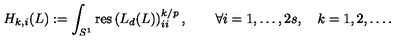
H _ { k , i } ( L ) : = \int _ { S ^ { 1 } } \mathrm { r e s } \left( L _ { d } ( L ) \right) _ { i i } ^ { k / { p } } , \qquad \forall i = 1 , \ldots , 2 s , \quad k = 1 , 2 , \dots .